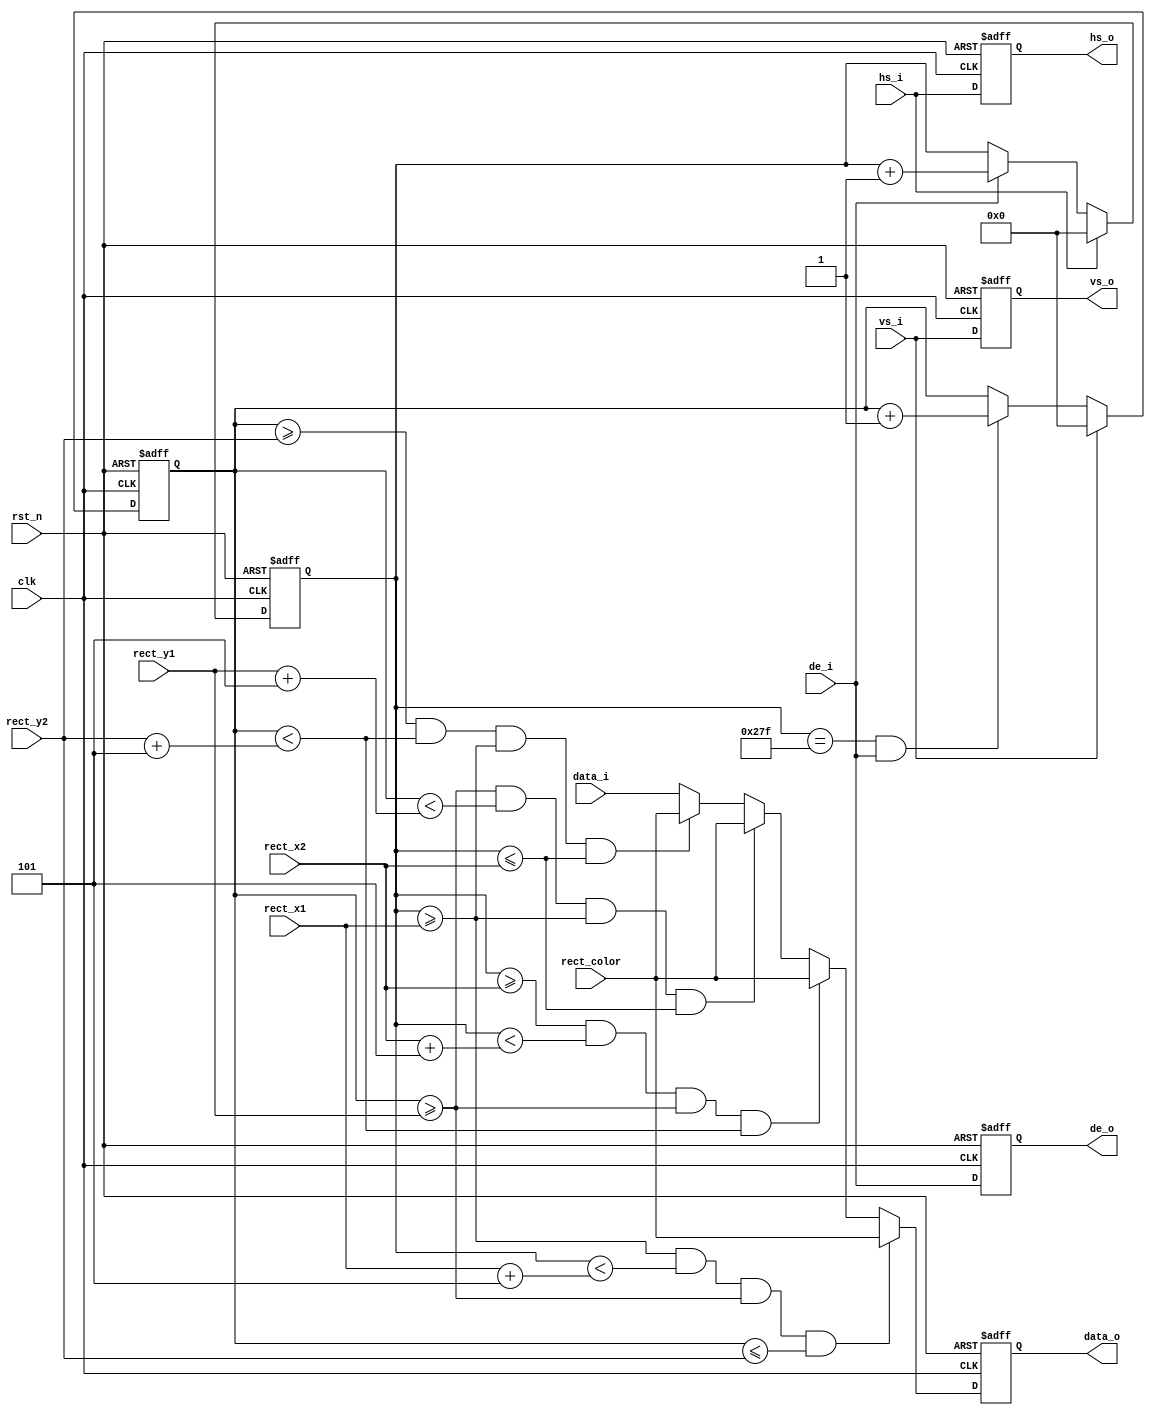
module  img_rect(
    input                   clk         ,
    input                   rst_n       ,
    input                   vs_i        ,
    input                   hs_i        ,
    input                   de_i        ,
    input           [23:0]  data_i      ,
    input           [23:0]  rect_color  ,
    input           [10:0]  rect_x1     ,
    input           [10:0]  rect_y1     ,
    input           [10:0]  rect_x2     ,
    input           [10:0]  rect_y2     ,
    output                  vs_o        ,
    output                  hs_o        ,
    output                  de_o        ,
    output          [23:0]  data_o
);
    // parameter   IMG_W           = 1280;
    parameter   IMG_W           = 640;
    reg     [10:0]  row_cnt     ;
    reg     [10:0]  col_cnt     ;
    reg     [23:0]  data_o_reg  ;
    wire    [10:0]  rect_width  ;
    assign rect_width = 11'd5;

    reg     vs_reg;
    reg     hs_reg;
    reg     de_reg;

    always  @(posedge clk or negedge rst_n) begin
        if(!rst_n)
            col_cnt <= 'd0;
        else if(hs_i == 1'b1)
            col_cnt <= 'd0;
        else if(de_i == 1'b1)
            col_cnt <= col_cnt + 1'b1;
    end

    always  @(posedge clk or negedge rst_n) begin
        if(!rst_n)
            row_cnt <= 'd0;
        else if(vs_i == 1'b1)
            row_cnt <= 'd0;
        else if(col_cnt == (IMG_W - 1) && de_i == 1'b1)
            row_cnt <= row_cnt + 1'b1;
    end

    always  @(posedge clk or negedge rst_n) begin
        if(!rst_n)
            data_o_reg <= 12'h0;
        else if(col_cnt >= rect_x1 && col_cnt < rect_x1 + rect_width && row_cnt >= rect_y1 && row_cnt <= rect_y2)
            data_o_reg <= rect_color;
        else if(col_cnt >= rect_x2 && col_cnt < rect_x2 + rect_width && row_cnt >= rect_y1 && row_cnt < rect_y2 + rect_width)
            data_o_reg <= rect_color;
        else if(row_cnt >= rect_y1 && row_cnt < rect_y1 + rect_width && col_cnt >= rect_x1 && col_cnt <= rect_x2)
            data_o_reg <= rect_color;
        else if(row_cnt >= rect_y2 && row_cnt < rect_y2 + rect_width && col_cnt >= rect_x1 && col_cnt <= rect_x2)
            data_o_reg <= rect_color;
        else
            data_o_reg <= data_i;
    end

    always  @(posedge clk or negedge rst_n) begin
        if(!rst_n) begin
            vs_reg <= 1'b0;
            hs_reg <= 1'b0;
            de_reg <= 1'b0;        
        end else begin
            vs_reg <= vs_i;
            hs_reg <= hs_i;
            de_reg <= de_i; 
        end
    end

    assign vs_o = vs_reg;
    assign hs_o = hs_reg;
    assign de_o = de_reg;
    assign data_o = data_o_reg;

endmodule